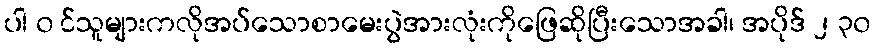
ပါ ၀ င်သူများကလိုအပ်သောစာမေးပွဲအားလုံးကိုဖြေဆိုပြီးသောအခါ၊ အပိုဒ် ၂ ၃၀